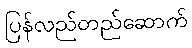
ပြန်လည်တည်ဆောက်